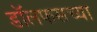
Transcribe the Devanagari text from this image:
डॉलफसच्या